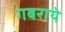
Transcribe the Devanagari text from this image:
गबराये